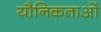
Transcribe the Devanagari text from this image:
यौनिकताओं